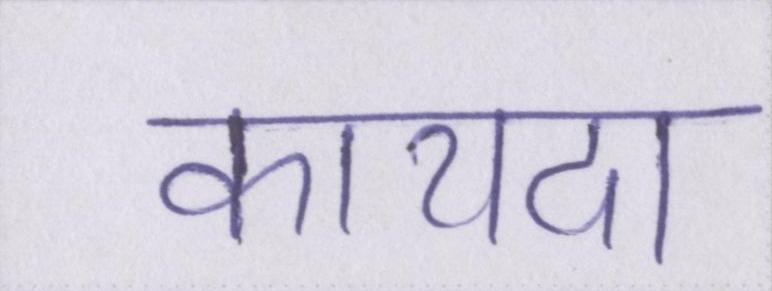
कायदा